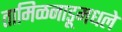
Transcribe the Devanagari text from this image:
तामिळनाडूमधले